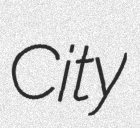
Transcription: City